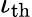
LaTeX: \iota_{\mathrm{th}}